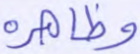
وظاهره